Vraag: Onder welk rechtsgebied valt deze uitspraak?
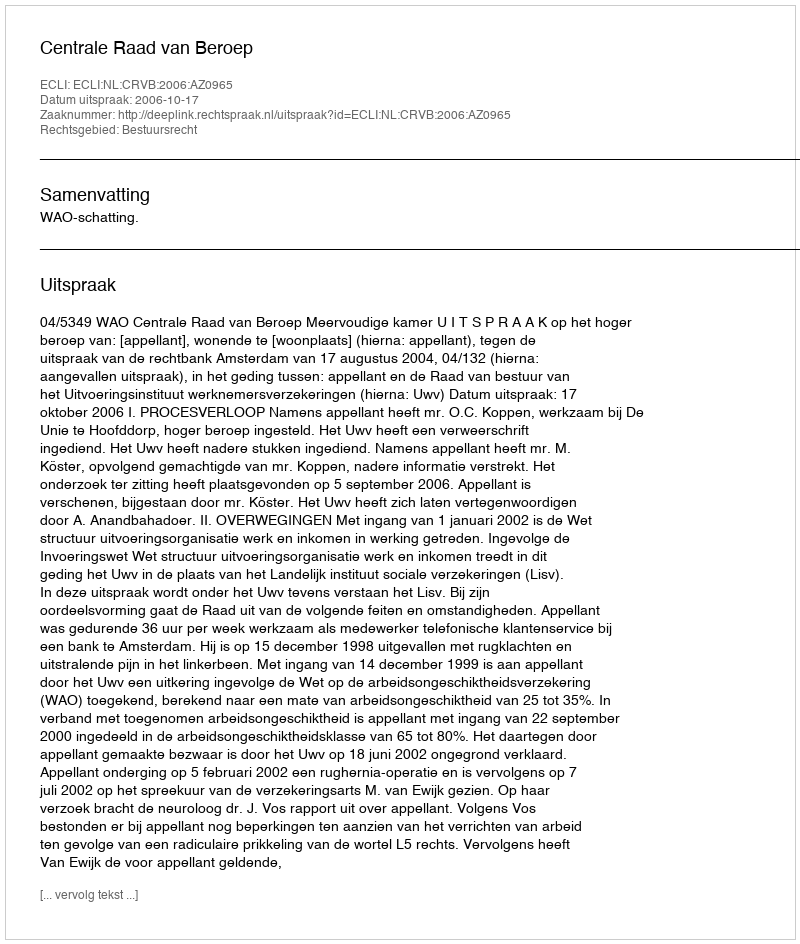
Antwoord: Bestuursrecht